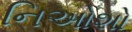
નિઓશો